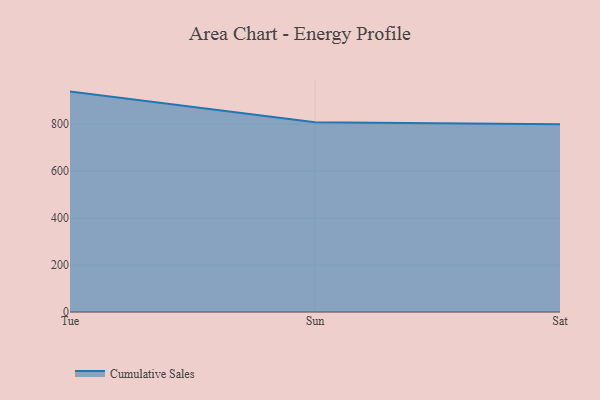
{"axis": {"x": "Day", "y": "Satisfaction Score"}, "legend": ["Cumulative Sales"], "data": [{"x": "Tue", "y": 938.7, "type": "Cumulative Sales"}, {"x": "Sun", "y": 808.5, "type": "Cumulative Sales"}, {"x": "Sat", "y": 800, "type": "Cumulative Sales"}]}